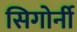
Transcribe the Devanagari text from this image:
सिगोर्नी